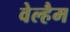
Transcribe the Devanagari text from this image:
वेल्हैम